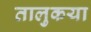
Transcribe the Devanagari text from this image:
तालुकया